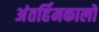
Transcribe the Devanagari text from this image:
अंतर्हिमकालों